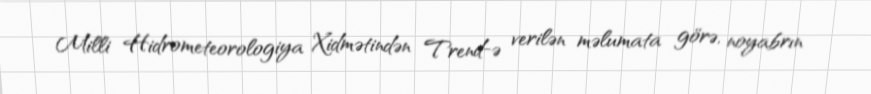
Milli Hidrometeorologiya Xidmətindən Trend-ə verilən məlumata görə, noyabrın